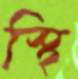
স্থি